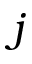
j